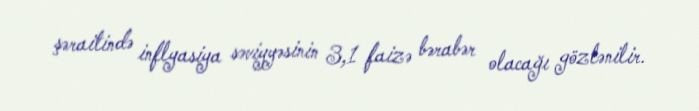
şəraitində inflyasiya səviyyəsinin 3,1 faizə bərabər olacağı gözlənilir.